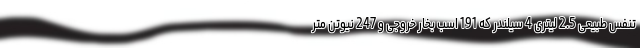
تنفس طبیعی 2.5 لیتری 4 سیلندر که 191 اسب بخار خروجی و 247 نیوتن متر